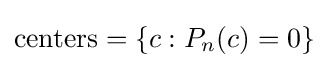
{\text{centers}}=\{c:P_{n}(c)=0\}